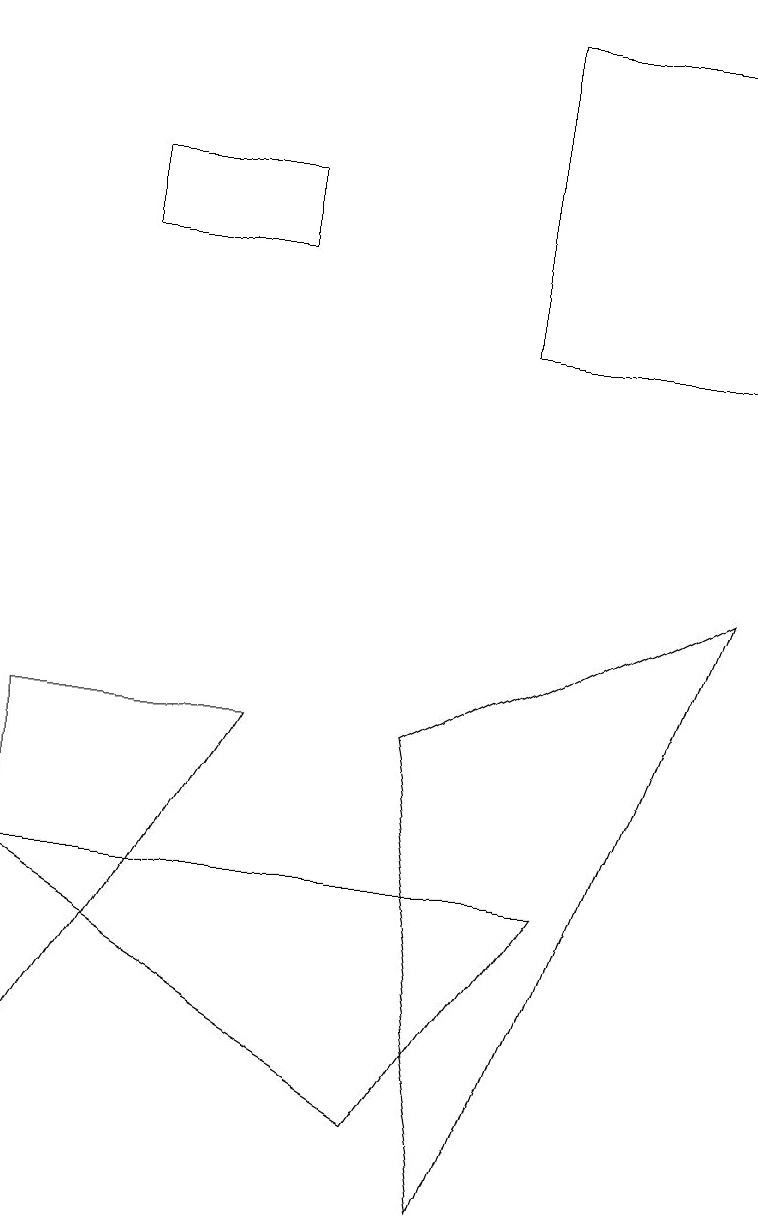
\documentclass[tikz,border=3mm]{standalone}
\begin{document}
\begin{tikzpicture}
\draw (9,8) -- (6,0) -- (5,6) -- cycle;
\draw (3,6) -- (0,1) -- (0,6) -- cycle;
\draw (9,11) rectangle (6,15);
\draw (0,4) -- (7,4) -- (5,1) -- cycle;
\draw (1,12) rectangle (3,13);
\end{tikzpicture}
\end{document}